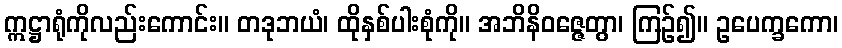
ဣဋ္ဌာရုံကိုလည်းကောင်း။ တဒုဘယံ၊ ထိုနှစ်ပါးစုံကို။ အဘိနိဝဇ္ဇေတွာ၊ ကြဉ်၍။ ဥပေက္ခကော၊